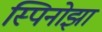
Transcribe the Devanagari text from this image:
स्पिनोझा